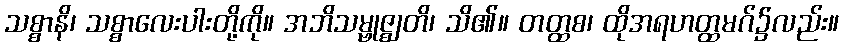
သစ္စာနိ၊ သစ္စာလေးပါးတို့ကို။ အဘိသမ္ဗုဇ္ဈတိ၊ သိ၏။ တတ္ထစ၊ ထိုအရဟတ္ထမဂ်၌လည်း။